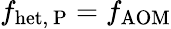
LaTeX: f_{\mathrm{het,~P}}=f_{\mathrm{AOM}}